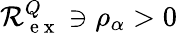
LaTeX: \mathcal R_{\mathrm{~e~x~}}^{Q}\ni\rho_{\alpha}>0